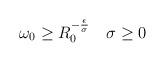
LaTeX: \begin{align*} \begin{aligned} \omega_0 \geq R_0^{-\frac{\epsilon}{\sigma}} ~~~\sigma \geq 0 \end{aligned} \end{align*}